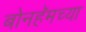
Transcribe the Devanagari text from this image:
बोनहॅमच्या